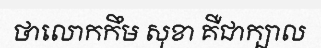
ថាលោកកឹម សុខា គឺជាក្បាល